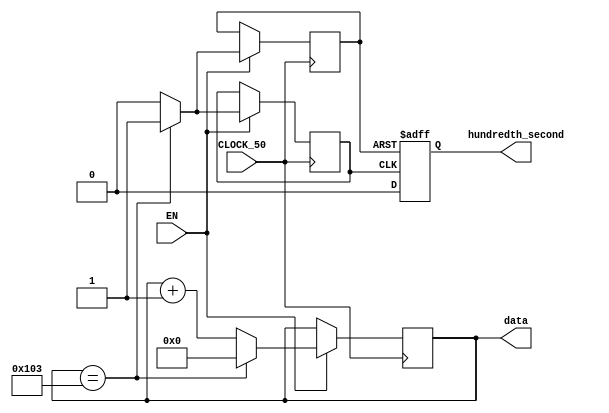
module lab5_1 (
	input CLOCK_50,
	input EN, // device_runnig,       
	output reg hundredth_second, //     wire,   output     
	output reg [19:0] data
);

initial data = 20'd0;
initial hundredth_second = 1'd0;


reg flag = 1'd0;
reg flag_posedge = 1'd0;
reg flag_negedge = 1'd0;


always@(posedge CLOCK_50) begin //   25_99_999 = 259;
	if(EN) begin
		data <= data + 1;
		if(data == 259) begin
			data <= 20'd0;
			flag = 1'd1;
			flag_posedge <= 1'd1;
			flag_negedge <= 1'd1;
		end else begin
			flag <= 1'd0;
			flag_posedge <= 1'd0;
			flag_negedge <= 1'd0;
		end
	end
end 

always@(posedge flag_posedge or negedge flag_negedge) begin
	if(flag_posedge == 1) begin
		hundredth_second <= 1'd1;
	end else begin
		hundredth_second <= 1'd0;
	end
end
endmodule